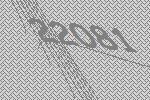
22081